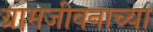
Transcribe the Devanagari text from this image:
ग्रामजीवनाच्या